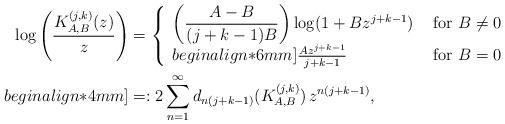
LaTeX: \begin{align*}\displaystyle \log \left( \frac{K^{(j,k)}_{A,B}(z)}{z} \right) & =\left \{\begin{array}{ll} \displaystyle \left (\frac{A-B}{(j+k-1)B}\right )\log (1+Bz^{j+k-1}) & \mbox{ for } B\neq 0\\begin{align*}6mm]\frac{Az^{j+k-1}}{j+k-1} & \mbox{ for } B=0 \end{array} \right. \\begin{align*}4mm] & =: 2\sum_{n=1}^{\infty} d_{n(j+k-1)}(K^{(j,k)}_{A,B})\,z^{n(j+k-1)},\end{align*}